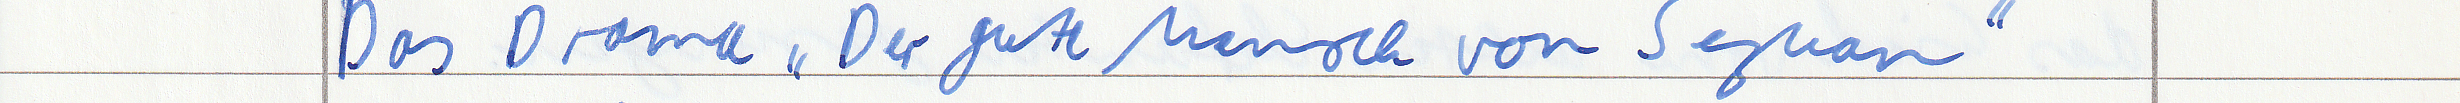
Das Drama "Der gute Mensche von Sezuan"